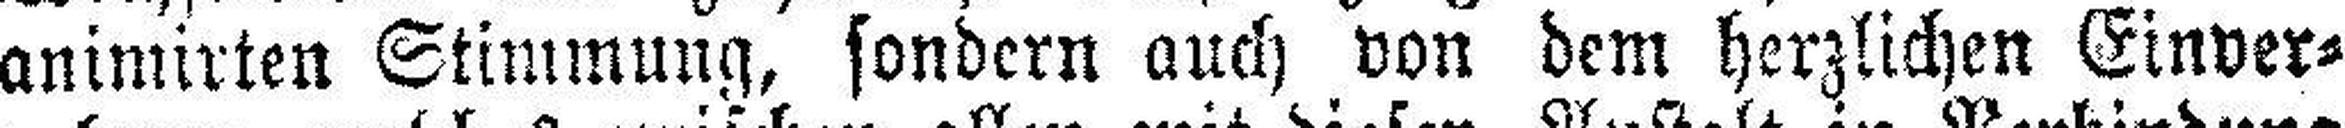
animirten Stimmung, sondern auch von dem herzlichen Einver¬